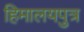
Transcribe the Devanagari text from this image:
हिमालयपुत्र